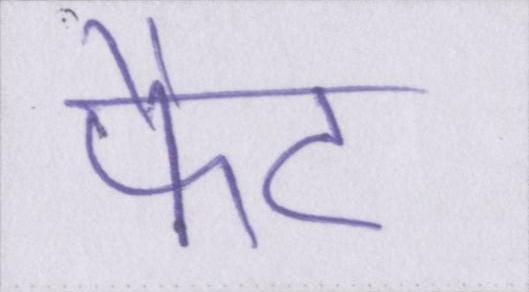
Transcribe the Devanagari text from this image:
फैट